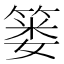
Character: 篓